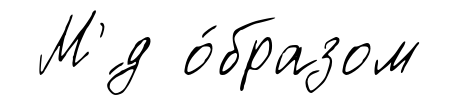
М'́д о́бразом